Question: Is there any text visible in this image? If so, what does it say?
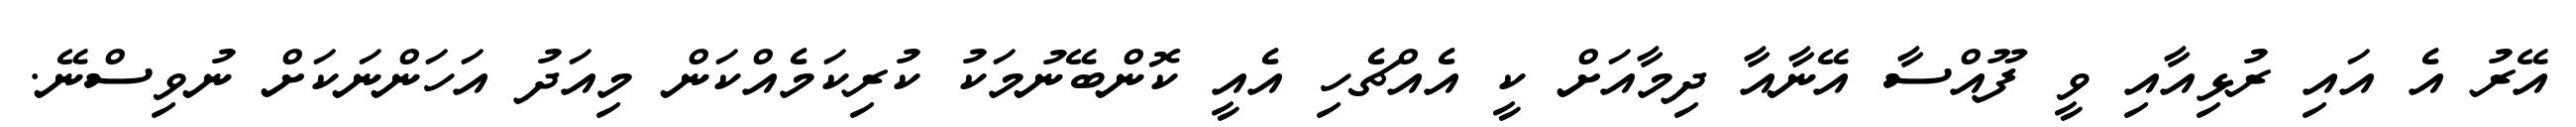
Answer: އޭރު އެ އައި ރުޅިއާއި ވީ ފޫއްސާ އޭނާއާ ދިމާއަށް ކީ އެއްޗެހި އެއީ ކޮންބޭނުމަކު ކުރިކަމެއްކަން މިއަދު އަހަންނަކަށް ނުވިސްނޭ.